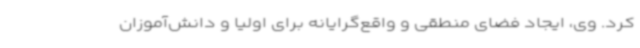
کرد. وی، ایجاد فضای منطقی و واقع‌گرایانه برای اولیا و دانش‌آموزان